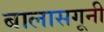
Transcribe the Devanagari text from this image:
बालासगूनी